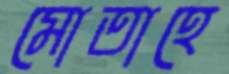
মোতাহে